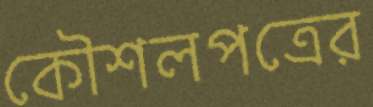
কৌশলপত্রের